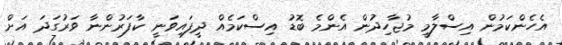
އެހެންކަމުން އިސްލާމީ މުޖާހިދުން އެންމެ ބޮޑު އިސްކަމެއް ދީފައިވަނީ ކާފަރުންނާ ވަރުގަދަ އަށް